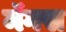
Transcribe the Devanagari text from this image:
मॅगस